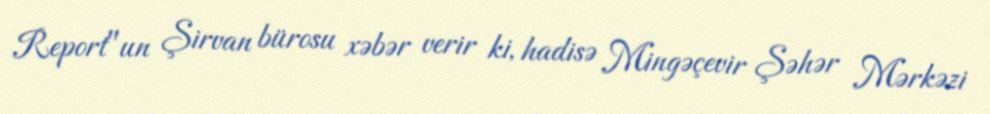
Report"un Şirvan bürosu xəbər verir ki, hadisə Mingəçevir Şəhər Mərkəzi